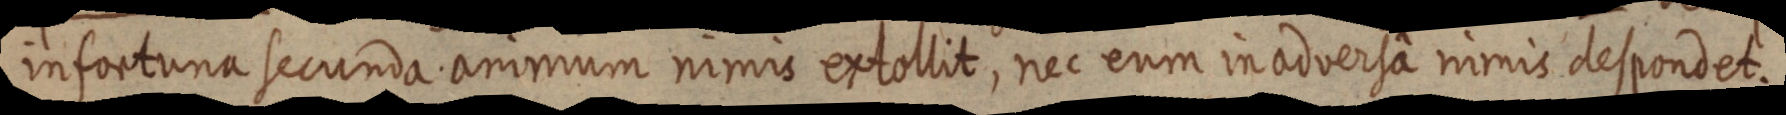
infortuna secunda animum nimis extollit, nec eum in adversâ nimis despondet.